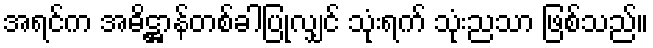
အရင်က အဓိဋ္ဌာန်တစ်ခါပြုလျှင် သုံးရက် သုံးညသာ ဖြစ်သည်။